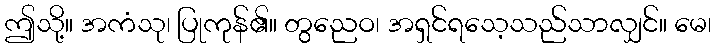
ဤသို့။ အကံသု၊ ပြုကုန်၏။ တွညေဝ၊ အရှင်ရသေ့သည်သာလျှင်။ မေ၊